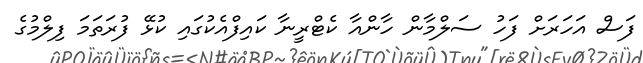
ފަސް އަހަރަށް ފަހު ސަލްމާން ހާންއާ ކެޓްރީނާ ކައިފްއެކުގައި ކުޅޭ ފުރަތަމަ ފިލްމުގެ